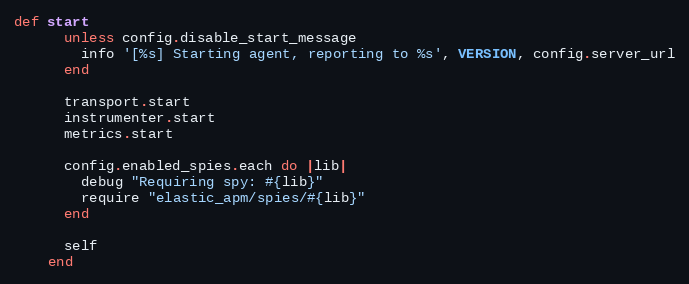
Language: Ruby
def start
      unless config.disable_start_message
        info '[%s] Starting agent, reporting to %s', VERSION, config.server_url
      end

      transport.start
      instrumenter.start
      metrics.start

      config.enabled_spies.each do |lib|
        debug "Requiring spy: #{lib}"
        require "elastic_apm/spies/#{lib}"
      end

      self
    end